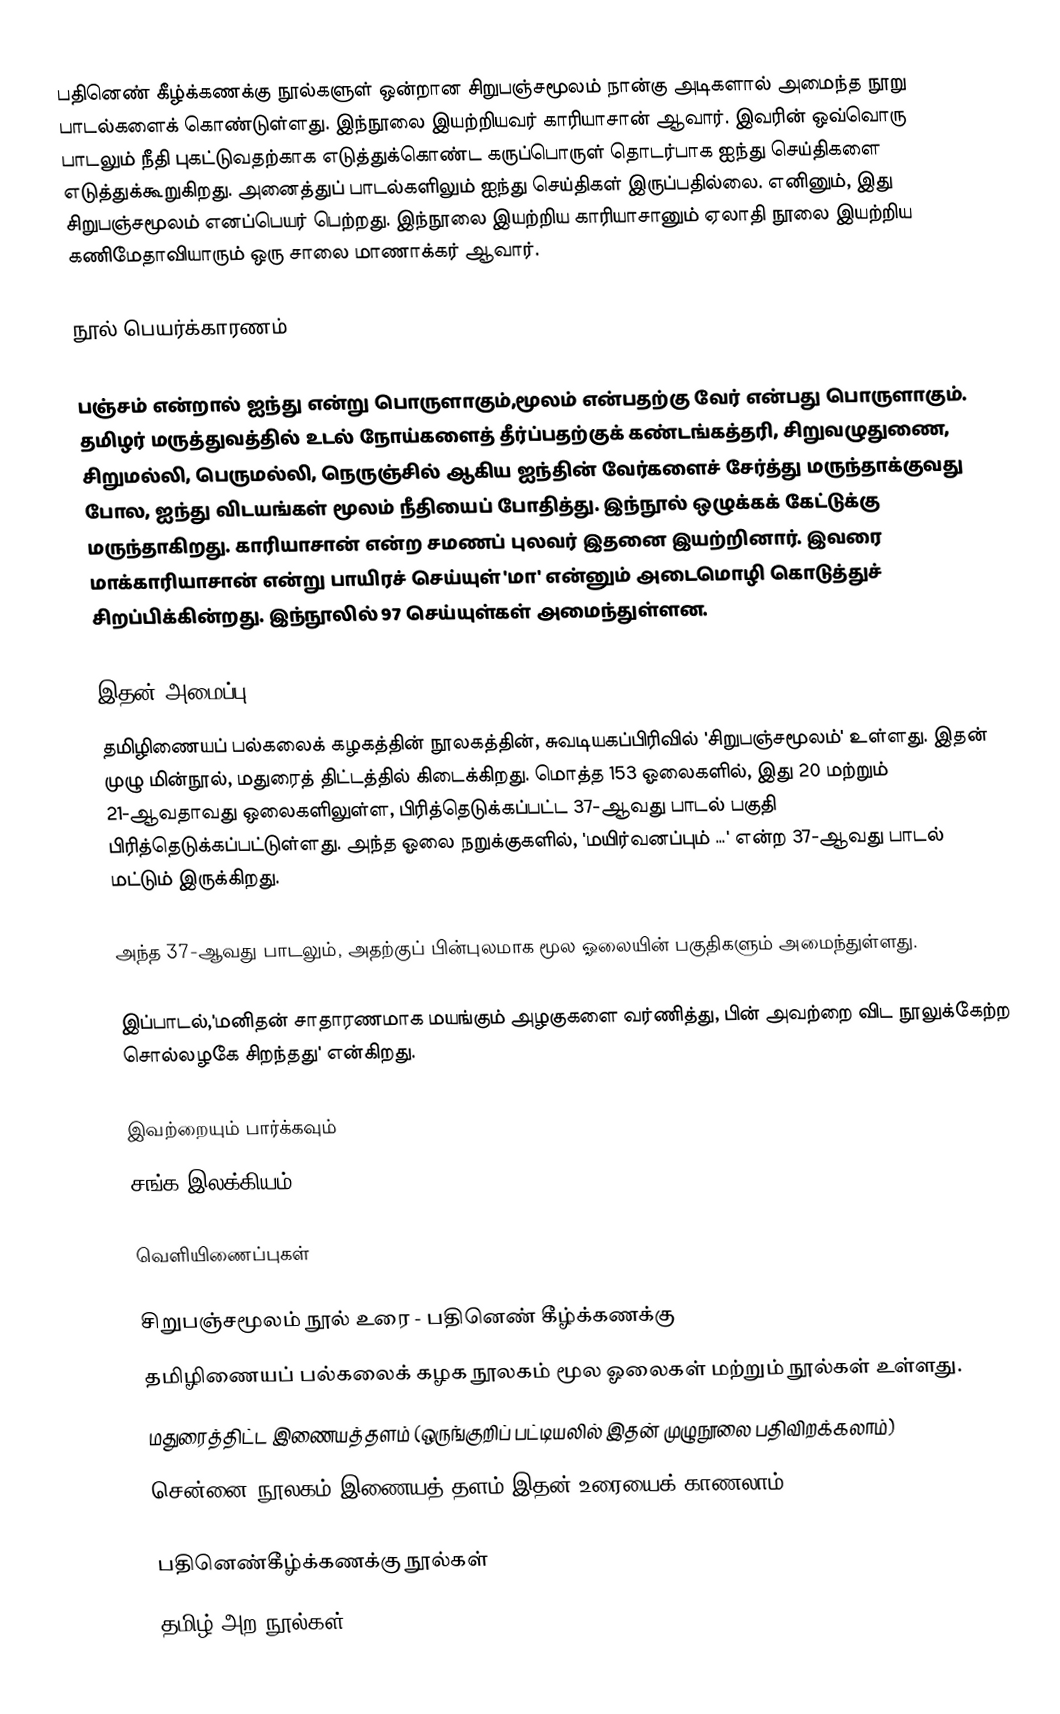
பதினெண் கீழ்க்கணக்கு நூல்களுள் ஒன்றான சிறுபஞ்சமூலம் நான்கு அடிகளால் அமைந்த நூறு பாடல்களைக் கொண்டுள்ளது. இந்நூலை இயற்றியவர் காரியாசான் ஆவார். இவரின் ஒவ்வொரு பாடலும் நீதி புகட்டுவதற்காக எடுத்துக்கொண்ட கருப்பொருள் தொடர்பாக ஐந்து செய்திகளை எடுத்துக்கூறுகிறது. அனைத்துப் பாடல்களிலும் ஐந்து செய்திகள்  இருப்பதில்லை. எனினும், இது சிறுபஞ்சமூலம் எனப்பெயர் பெற்றது. இந்நூலை இயற்றிய காரியாசானும் ஏலாதி நூலை இயற்றிய கணிமேதாவியாரும் ஒரு சாலை மாணாக்கர் ஆவார்.

நூல் பெயர்க்காரணம்

பஞ்சம் என்றால் ஐந்து என்று பொருளாகும்,மூலம் என்பதற்கு வேர் என்பது பொருளாகும். தமிழர் மருத்துவத்தில் உடல் நோய்களைத் தீர்ப்பதற்குக் கண்டங்கத்தரி, சிறுவழுதுணை, சிறுமல்லி, பெருமல்லி, நெருஞ்சில் ஆகிய ஐந்தின் வேர்களைச் சேர்த்து மருந்தாக்குவது போல, ஐந்து விடயங்கள் மூலம் நீதியைப் போதித்து. இந்நூல் ஒழுக்கக் கேட்டுக்கு மருந்தாகிறது. காரியாசான் என்ற சமணப் புலவர் இதனை இயற்றினார். இவரை மாக்காரியாசான் என்று பாயிரச் செய்யுள் 'மா' என்னும் அடைமொழி கொடுத்துச் சிறப்பிக்கின்றது. இந்நூலில் 97 செய்யுள்கள் அமைந்துள்ளன.

இதன் அமைப்பு
தமிழிணையப் பல்கலைக் கழகத்தின் நூலகத்தின், சுவடியகப்பிரிவில் 'சிறுபஞ்சமூலம்' உள்ளது. இதன் முழு மின்நூல், மதுரைத் திட்டத்தில் கிடைக்கிறது. மொத்த 153 ஓலைகளில், இது 20 மற்றும் 21-ஆவதாவது ஒலைகளிலுள்ள, பிரித்தெடுக்கப்பட்ட 37-ஆவது பாடல் பகுதி பிரித்தெடுக்கப்பட்டுள்ளது. அந்த ஓலை நறுக்குகளில், 'மயிர்வனப்பும் …' என்ற 37-ஆவது பாடல் மட்டும் இருக்கிறது.

அந்த 37-ஆவது பாடலும், அதற்குப் பின்புலமாக மூல ஓலையின் பகுதிகளும் அமைந்துள்ளது.

இப்பாடல்,'மனிதன் சாதாரணமாக மயங்கும் அழகுகளை வர்ணித்து, பின் அவற்றை விட நூலுக்கேற்ற சொல்லழகே சிறந்தது' என்கிறது.

இவற்றையும் பார்க்கவும்
 சங்க இலக்கியம்

வெளியிணைப்புகள்

சிறுபஞ்சமூலம் நூல் உரை - பதினெண் கீழ்க்கணக்கு
தமிழிணையப் பல்கலைக் கழக நூலகம் மூல ஓலைகள் மற்றும் நூல்கள் உள்ளது.
மதுரைத்திட்ட இணையத்தளம் (ஒருங்குறிப் பட்டியலில் இதன் முழுநூலை பதிவிறக்கலாம்)
சென்னை நூலகம் இணையத் தளம் இதன் உரையைக் காணலாம்.

பதினெண்கீழ்க்கணக்கு நூல்கள்
தமிழ் அற நூல்கள்